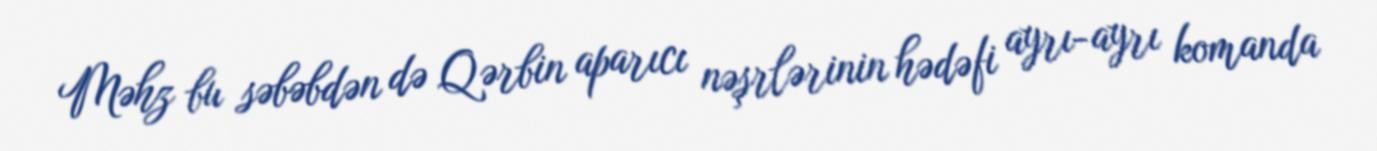
Məhz bu səbəbdən də Qərbin aparıcı nəşrlərinin hədəfi ayrı-ayrı komanda